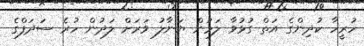
ހުރީހާ ކުދިންގެ އަތް ގުޅުވާ ލަމުން ޔަނާލު ވަރަށް ލަދުން ހުރެ ސަދަފްގެ